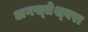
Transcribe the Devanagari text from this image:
अगस्‍तेश्‍वरा